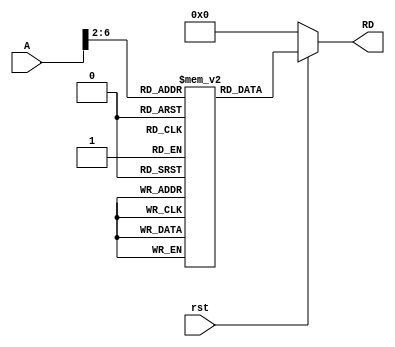
`timescale 1ns / 1ps
//////////////////////////////////////////////////////////////////////////////////
// Company: 
// Engineer: 
// 
// Design Name: 
// Module Name: instrMem
// Project Name: 
// Target Devices: 
// Tool Versions: 
// Description: 
// 
// Dependencies: 
// 
// Revision:
// Revision 0.01 - File Created
// Additional Comments:
// 
//////////////////////////////////////////////////////////////////////////////////

module instrMem(
  input wire rst,
  input wire [31:0] A,
  output reg [31:0] RD
    );
  
    reg [31:0] instr_mem_reg [31:0];
    //assign RD = (~rst) ? {32{1'b0}} : instr_mem_reg[A[31:0]];  // not instr_mem_reg[A] ??
    always @(*)
    begin
    if (~rst)
    RD = 0;
    else
    RD = instr_mem_reg[A[31:2]];
    
    end
    
    initial
    begin
    //@00000000
    //0062E3B3
    //0062F433
    instr_mem_reg[0] <= 32'hFFC4A303;
    //instr_mem_reg[1] <=  32'h0062E3B3;
    //instr_mem_reg[2] <= 32'h0062F433;
    instr_mem_reg[1] <= 32'h0064A423;
    instr_mem_reg[2] <= 32'h0062E233;
    instr_mem_reg[3] <= 32'hFE420AE3;
    end
endmodule